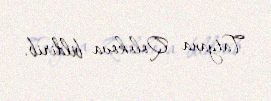
Tatyana Qolokova bildirib.